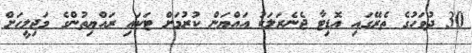
30 ދުވަހުގެ ތެރޭގައި އޮޑިޓާ ޖެނެރަލަކު އައްޔަން ކުރުމަށް ޓަކައި ރައްޔިތުންގެ މަޖިލީހަށް